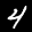
Digit: 4